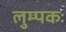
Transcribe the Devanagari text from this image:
लुम्पकः